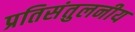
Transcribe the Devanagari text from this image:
प्रतिसंतुलनीय